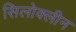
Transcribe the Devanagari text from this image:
सिलोक्लीन